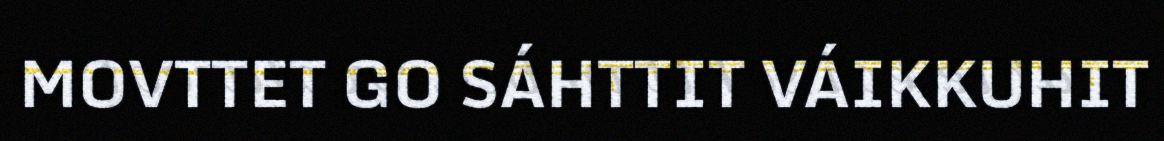
MOVTTET GO SÁHTTIT VÁIKKUHIT